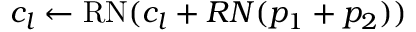
c _ { l } \gets \mathrm { R N } ( c _ { l } + R N ( p _ { 1 } + p _ { 2 } ) )